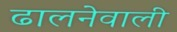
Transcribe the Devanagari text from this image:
ढालनेवाली